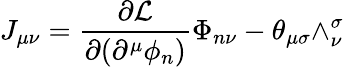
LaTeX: J_{\mu\nu}=\frac{\partial{\cal L}}{\partial(\partial^{\mu}\phi_{n})}\Phi_{n\nu}-\theta_{\mu\sigma}\wedge_{\nu}^{\sigma}